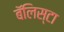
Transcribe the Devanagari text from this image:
बॅलिस्टा